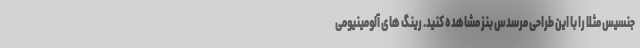
جنسیس مثلا را با این طراحی مرسدس بنز مشاهده کنید. رینگ های آلومینیومی